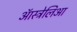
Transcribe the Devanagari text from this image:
ऑस्ट्रेलिआ